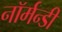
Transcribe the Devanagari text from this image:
नॉर्मन्डी